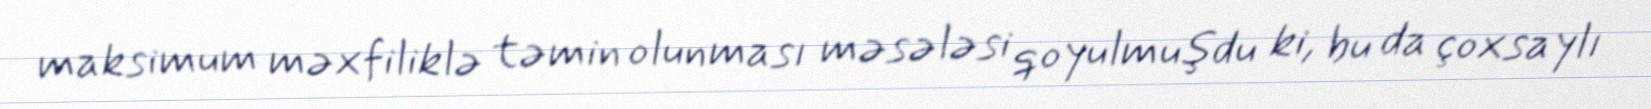
maksimum məxfiliklə təmin olunması məsələsi qoyulmuşdu ki, bu da çoxsaylı